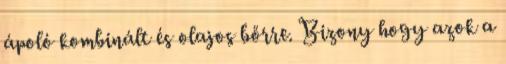
ápoló kombinált és olajos bőrre. Bizony hogy azok a